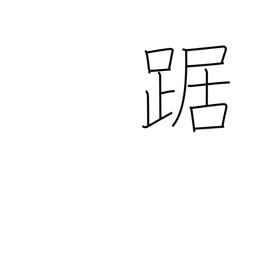
Meaning: cower